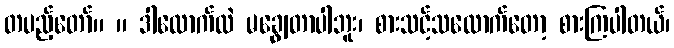
တပည့်တော်။ ။ ဒါလောက်လဲ မချွေတာပါဘူး၊ စားသင့်သလောက်တော့ စားကြပါတယ်၊